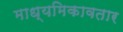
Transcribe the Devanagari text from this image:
माध्यमिकावतार